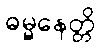
ဓမ္မနေတ္တိ